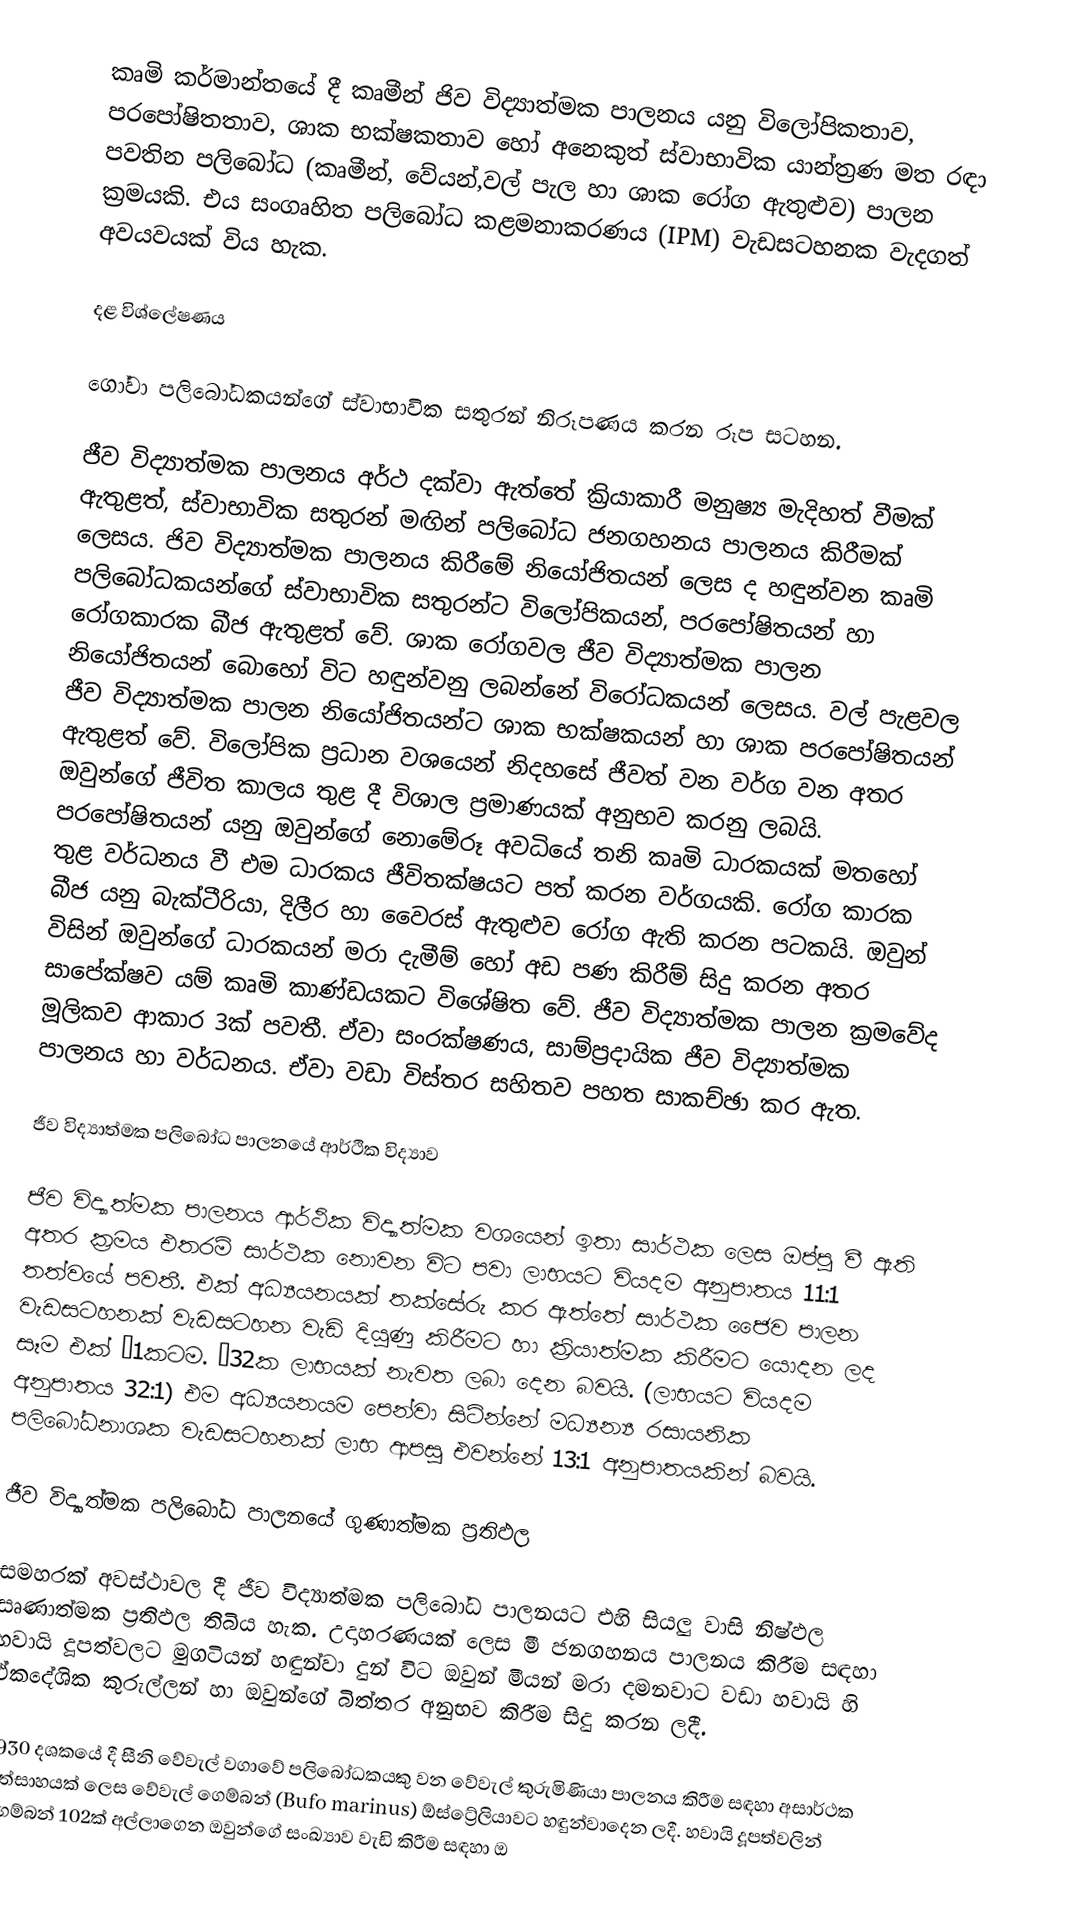
කෘමි කර්මාන්තයේ දී කෘමීන් ජිව විද්‍යාත්මක පාලනය යනු විලෝපිකතාව, පරපෝෂිතතාව, ශාක භක්ෂකතාව හෝ අනෙකුත් ස්වාභාවික යාන්ත්‍රණ මත රඳා පවතින පලිබෝධ (කෘමීන්, වේයන්,වල් පැල හා ශාක රෝග ඇතුළුව) පාලන ක්‍රමයකි. එය සංගෘහිත පලිබෝධ කළමනාකරණය (IPM) වැඩසටහනක වැදගත් අවයවයක් විය හැක.

දළ විශ්ලේෂණය

ගෝවා පලිබෝධකයන්ගේ ස්වාභාවික සතුරන් නිරූපණය කරන රූප සටහන.

ජීව විද්‍යාත්මක පාලනය අර්ථ දක්වා ඇත්තේ ක්‍රියාකාරී මනුෂ්‍ය මැදිහත් වීමක් ඇතුළත්, ස්වාභාවික සතුරන් මඟින් පලිබෝධ ජනගහනය පාලනය කිරීමක් ලෙසය. ජිව විද්‍යාත්මක පාලනය කිරීමේ නියෝජිතයන් ලෙස ද හඳුන්වන කෘමි පලිබෝධකයන්ගේ ස්වාභාවික සතුරන්ට විලෝපිකයන්, පරපෝෂිතයන් හා රෝගකාරක බීජ ඇතුළත් වේ. ශාක රෝගවල ජීව විද්‍යාත්මක පාලන නියෝජිතයන් බොහෝ විට හඳුන්වනු ලබන්නේ විරෝධකයන් ලෙසය. වල් පැළවල ජීව විද්‍යාත්මක පාලන නියෝජිතයන්ට ශාක භක්ෂකයන් හා ශාක පරපෝෂිතයන් ඇතුළත් වේ. විලෝපික ප්‍රධාන වශයෙන් නිදහසේ ජීවත් වන වර්ග වන අතර ඔවුන්ගේ ජීවිත කාලය තුළ දී විශාල ප්‍රමාණයක් අනුභව කරනු ලබයි. පරපෝෂිතයන් යනු ඔවුන්ගේ නොමේරූ අවධියේ තනි කෘමි ධාරකයක් මත‍හෝ තුළ වර්ධනය වී එම ධාරකය ජීවිතක්ෂයට පත් කරන වර්ගයකි. රෝග කාරක බීජ යනු බැක්ටීරියා, දිලීර හා වෛරස් ඇතුළුව රෝග ඇති කරන පටකයි. ඔවුන් විසින් ඔවුන්ගේ ධාරකයන් මරා දැමීම් හෝ අඩ පණ කිරීම් සිදු කරන අතර සාපේක්ෂව යම් කෘමි කාණ්ඩයකට විශේෂිත වේ. ජීව විද්‍යාත්මක පාලන ක්‍රමවේද මූලිකව ආකාර 3ක් පවතී. ඒවා සංරක්ෂණය, සාම්ප්‍රදායික ජීව විද්‍යාත්මක පාලනය හා වර්ධනය. ඒවා වඩා විස්තර සහිතව පහත සාකච්ඡා කර ඇත.

ජීව විද්‍යාත්මක පලිබෝධ පාලනයේ ආර්ථික විද්‍යාව

ජීව විද්‍යාත්මක පාලනය ආර්ථික විද්‍යාත්මක වශයෙන් ඉතා සාර්ථක ලෙස ඔප්පු වී ඇති අතර ක්‍රමය එතරම් සාර්ථක නොවන විට පවා ලාභයට වියදම අනුපාතය 11:1 තත්වයේ පවතී. එක් අධ්‍යයනයක් තක්සේරු කර ඇත්තේ සාර්ථක ජෛව පාලන වැඩසටහනක් වැඩසටහන වැඩි දියුණු කිරීමට හා ක්‍රියාත්මක කිරීමට යොදන ලද සෑම එක් £1කටම. £32ක ලාභයක් නැවත ලබා දෙන බවයි. (ලාභයට වියදම අනුපාතය 32:1) එම අධ්‍යයනයම පෙන්වා සිටින්නේ මධ්‍යන්‍ය රසායනික පලිබෝධනාශක වැඩසටහනක් ලාභ ආපසු එවන්නේ 13:1 අනුපාතයකින් බවයි.

ජීව විද්‍යාත්මක පලිබෝධ පාලනයේ ගුණාත්මක ප්‍රතිඵල

සමහරක් අවස්ථාවල දී ජීව විද්‍යාත්මක පලිබෝධ පාලනයට එහි සියලු වාසි නිෂ්ඵල සෘණාත්මක ප්‍රතිඵල තිබිය හැක. උදාහරණයක් ලෙස මී ජනගහනය පාලනය කිරීම සඳහා හවායි දූපත්වලට මුගටියන් හඳුන්වා දුන් විට ඔවුන් මීයන් මරා දමනවාට වඩා හවායි හි ඒකදේශික කුරුල්ලන් හා ඔවුන්ගේ බිත්තර අනුභව කිරීම සිදු කරන ලදී.

1930 දශකයේ දී සීනි වේවැල් වගාවේ පලිබෝධකයකු වන වේවැල් කුරුමිණියා පාලනය කිරීම සඳහා අසාර්ථක උත්සාහයක් ලෙස වේවැල් ගෙම්බන් (Bufo marinus) ඕස්ට්‍රේලියාවට හඳුන්වාදෙන ලදී. හවායි දූපත්වලින් ගෙම්බන් 102ක් අල්ලාගෙන ඔවුන්ගේ සංඛ්‍යාව වැඩි කිරීම සඳහා ඔ